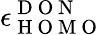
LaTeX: \epsilon_{\mathrm{~H~O~M~O~}}^{\mathrm{~D~O~N~}}